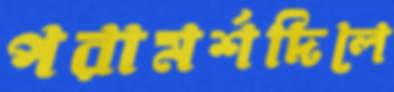
পরামর্শদিলে